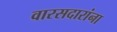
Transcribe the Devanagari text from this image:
वारसदारांना